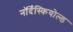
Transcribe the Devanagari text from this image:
नॉर्देंस्कियोल्ड